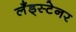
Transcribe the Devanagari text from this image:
लँड्स्टेनर